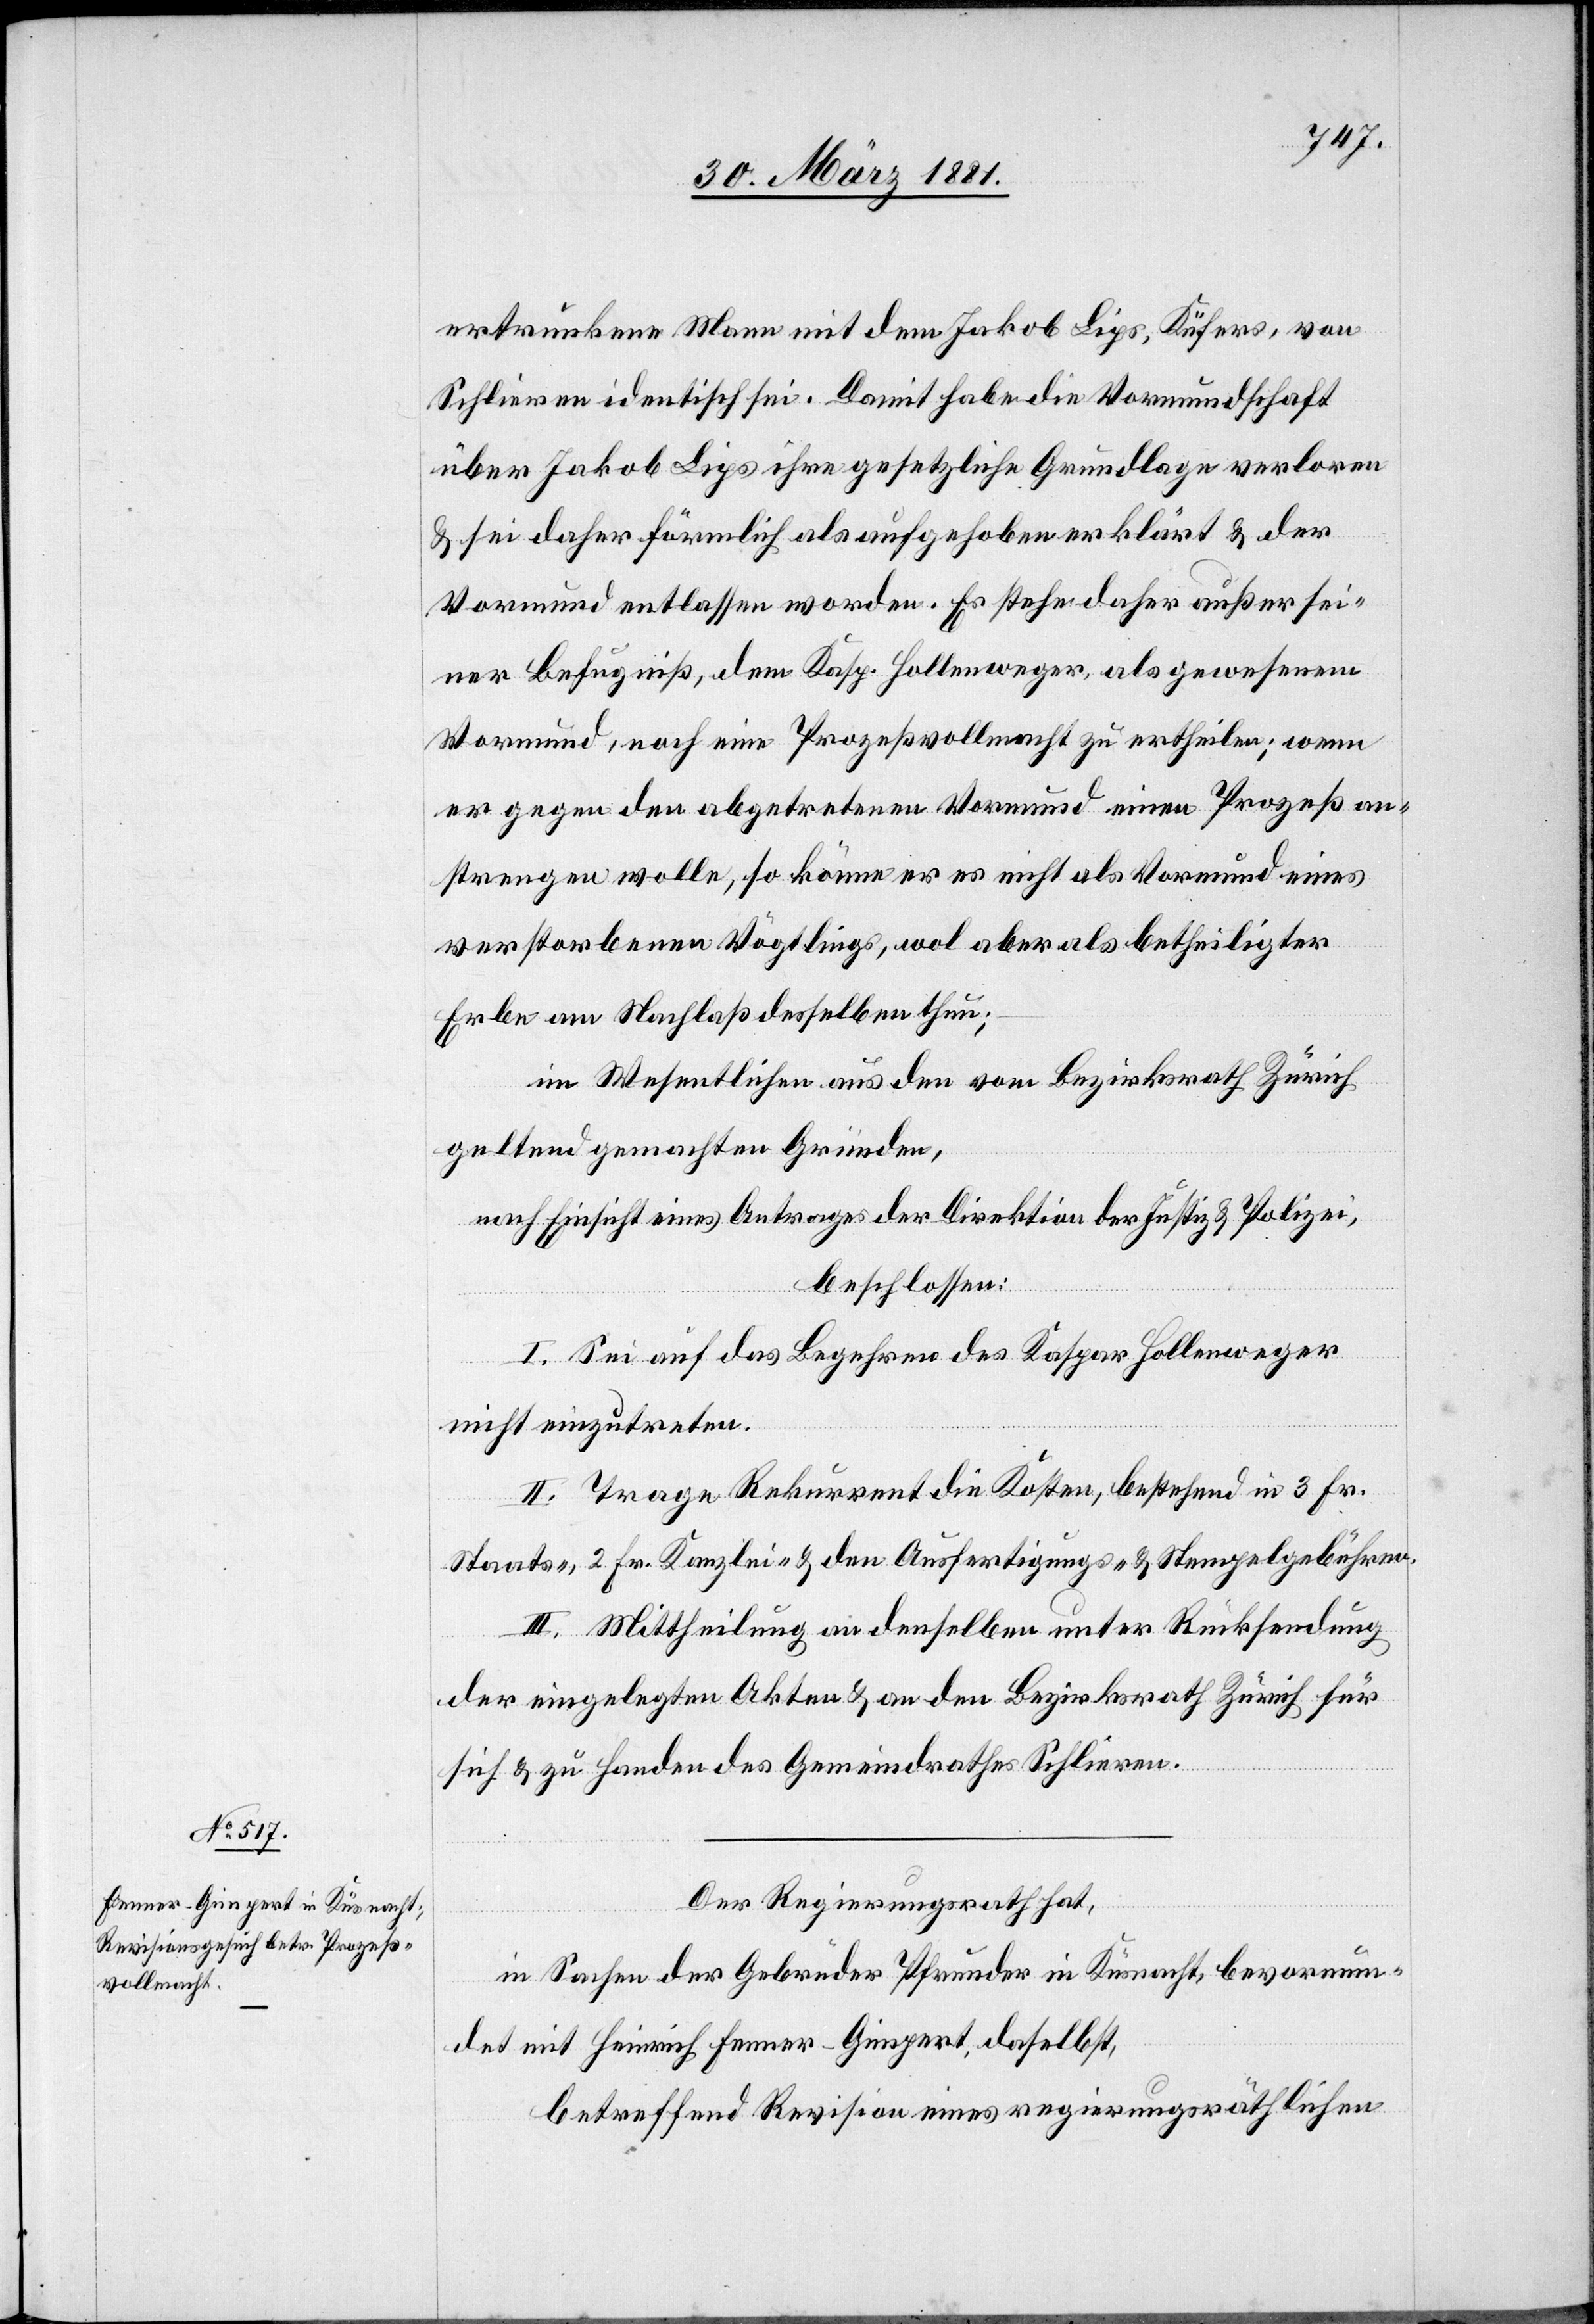
ertrunkene Mann mit dem Jakob Lips, Küfers, von
Schlieren identisch sei. Damit habe die Vormundschaft
über Jakob Lips ihre gesetzliche Grundlage verloren
& sei daher förmlich als aufgehoben erklärt & der
Vormund entlassen worden. Es stehe daher außer sei¬
ner Befugniß, dem Kasp. Hollenweger, als gewesenem
Vormund, noch eine Prozeßvollmacht zu ertheilen; wenn
er gegen den abgetretenen Vormund einen Prozeß an¬
strengen wolle, so könne er es nicht als Vormund eines
verstorbenen Vögtlings, wol aber als betheiligter
Erbe am Nachlaß desselben thun;
im Wesentlichen aus den vom Bezirksrath Zürich
geltend gemachten Gründen,
nach Einsicht eines Antrages der Direktion der Justiz & Polizei,
beschlossen:
I. Sei auf das Begehren des Kaspar Hollenweger
nicht einzutreten.
II. Trage Rekurrent die Kosten, bestehend in 3 Fr.
Staats-, 2 Fr. Kanzlei & den Ausfertigungs- & Stempelgebühren.
III. Mittheilung an denselben unter Rücksendung
der eingelegten Akten & an den Bezirksrath Zürich für
sich & zu Handen des Gemeindrathes Schlieren.
Der Regierungsrath hat,
in Sachen der Gebrüder Pfrunder in Küsnacht bevormun¬
det mit Heinrich Fenner-Gimpert, daselbst,
betreffend Revision eines regierungsräthlichen